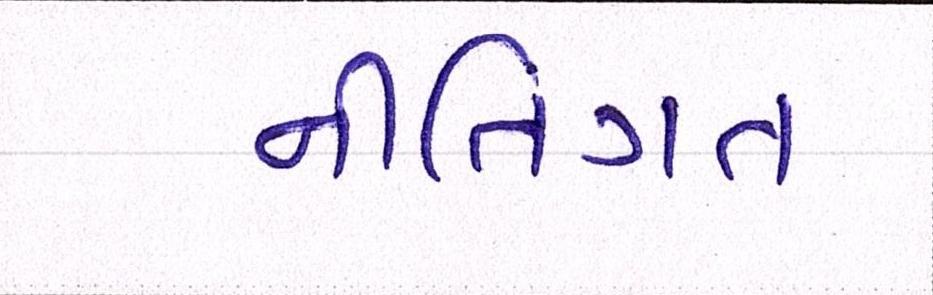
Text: નીતિગત